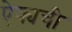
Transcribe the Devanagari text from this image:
ऐक्यची